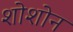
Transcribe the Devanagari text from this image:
शोशोन